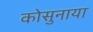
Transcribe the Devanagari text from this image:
कोसुनाया